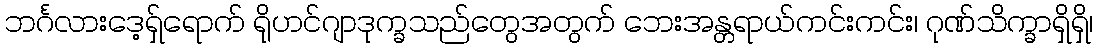
ဘင်္ဂလားဒေ့ရှ်ရောက် ရိုဟင်ဂျာဒုက္ခသည်တွေအတွက် ဘေးအန္တရာယ်ကင်းကင်း၊ ဂုဏ်သိက္ခာရှိရှိ၊